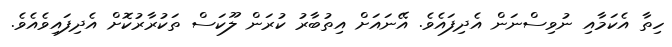
ހިތާ އެކަމާއި ނުވިސްނަން އެދިފައެވެ. އޭނައަށް އިތުބާރު ކުރަން ލޫކަސް ތަކުރާރުކޮށް އެދިފައިވެއެވެ.